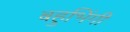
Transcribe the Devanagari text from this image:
बहुभिंगी